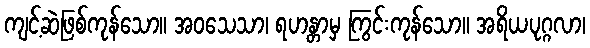
ကျင့်ဆဲဖြစ်ကုန်သော။ အဝသေသာ၊ ရဟန္တာမှ ကြွင်းကုန်သော။ အရိယပုဂ္ဂလာ၊